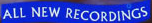
ALL NEW RECORDINGS